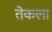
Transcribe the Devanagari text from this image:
तेकला